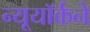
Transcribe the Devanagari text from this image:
न्यूयॉर्कने